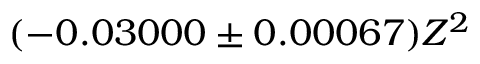
( - 0 . 0 3 0 0 0 \pm 0 . 0 0 0 6 7 ) Z ^ { 2 }